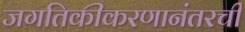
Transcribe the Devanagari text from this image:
जगतिकीकरणानंतरची